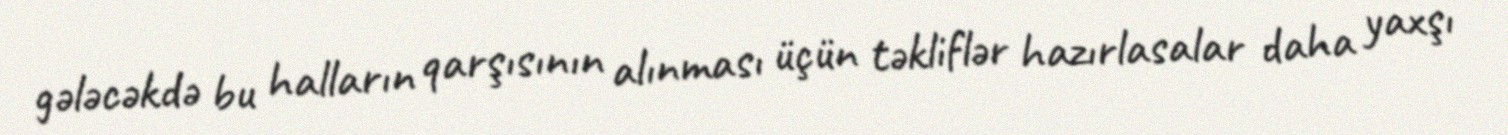
gələcəkdə bu halların qarşısının alınması üçün təkliflər hazırlasalar daha yaxşı